Jaan_Tonisson_(Lasteleht), lk 206
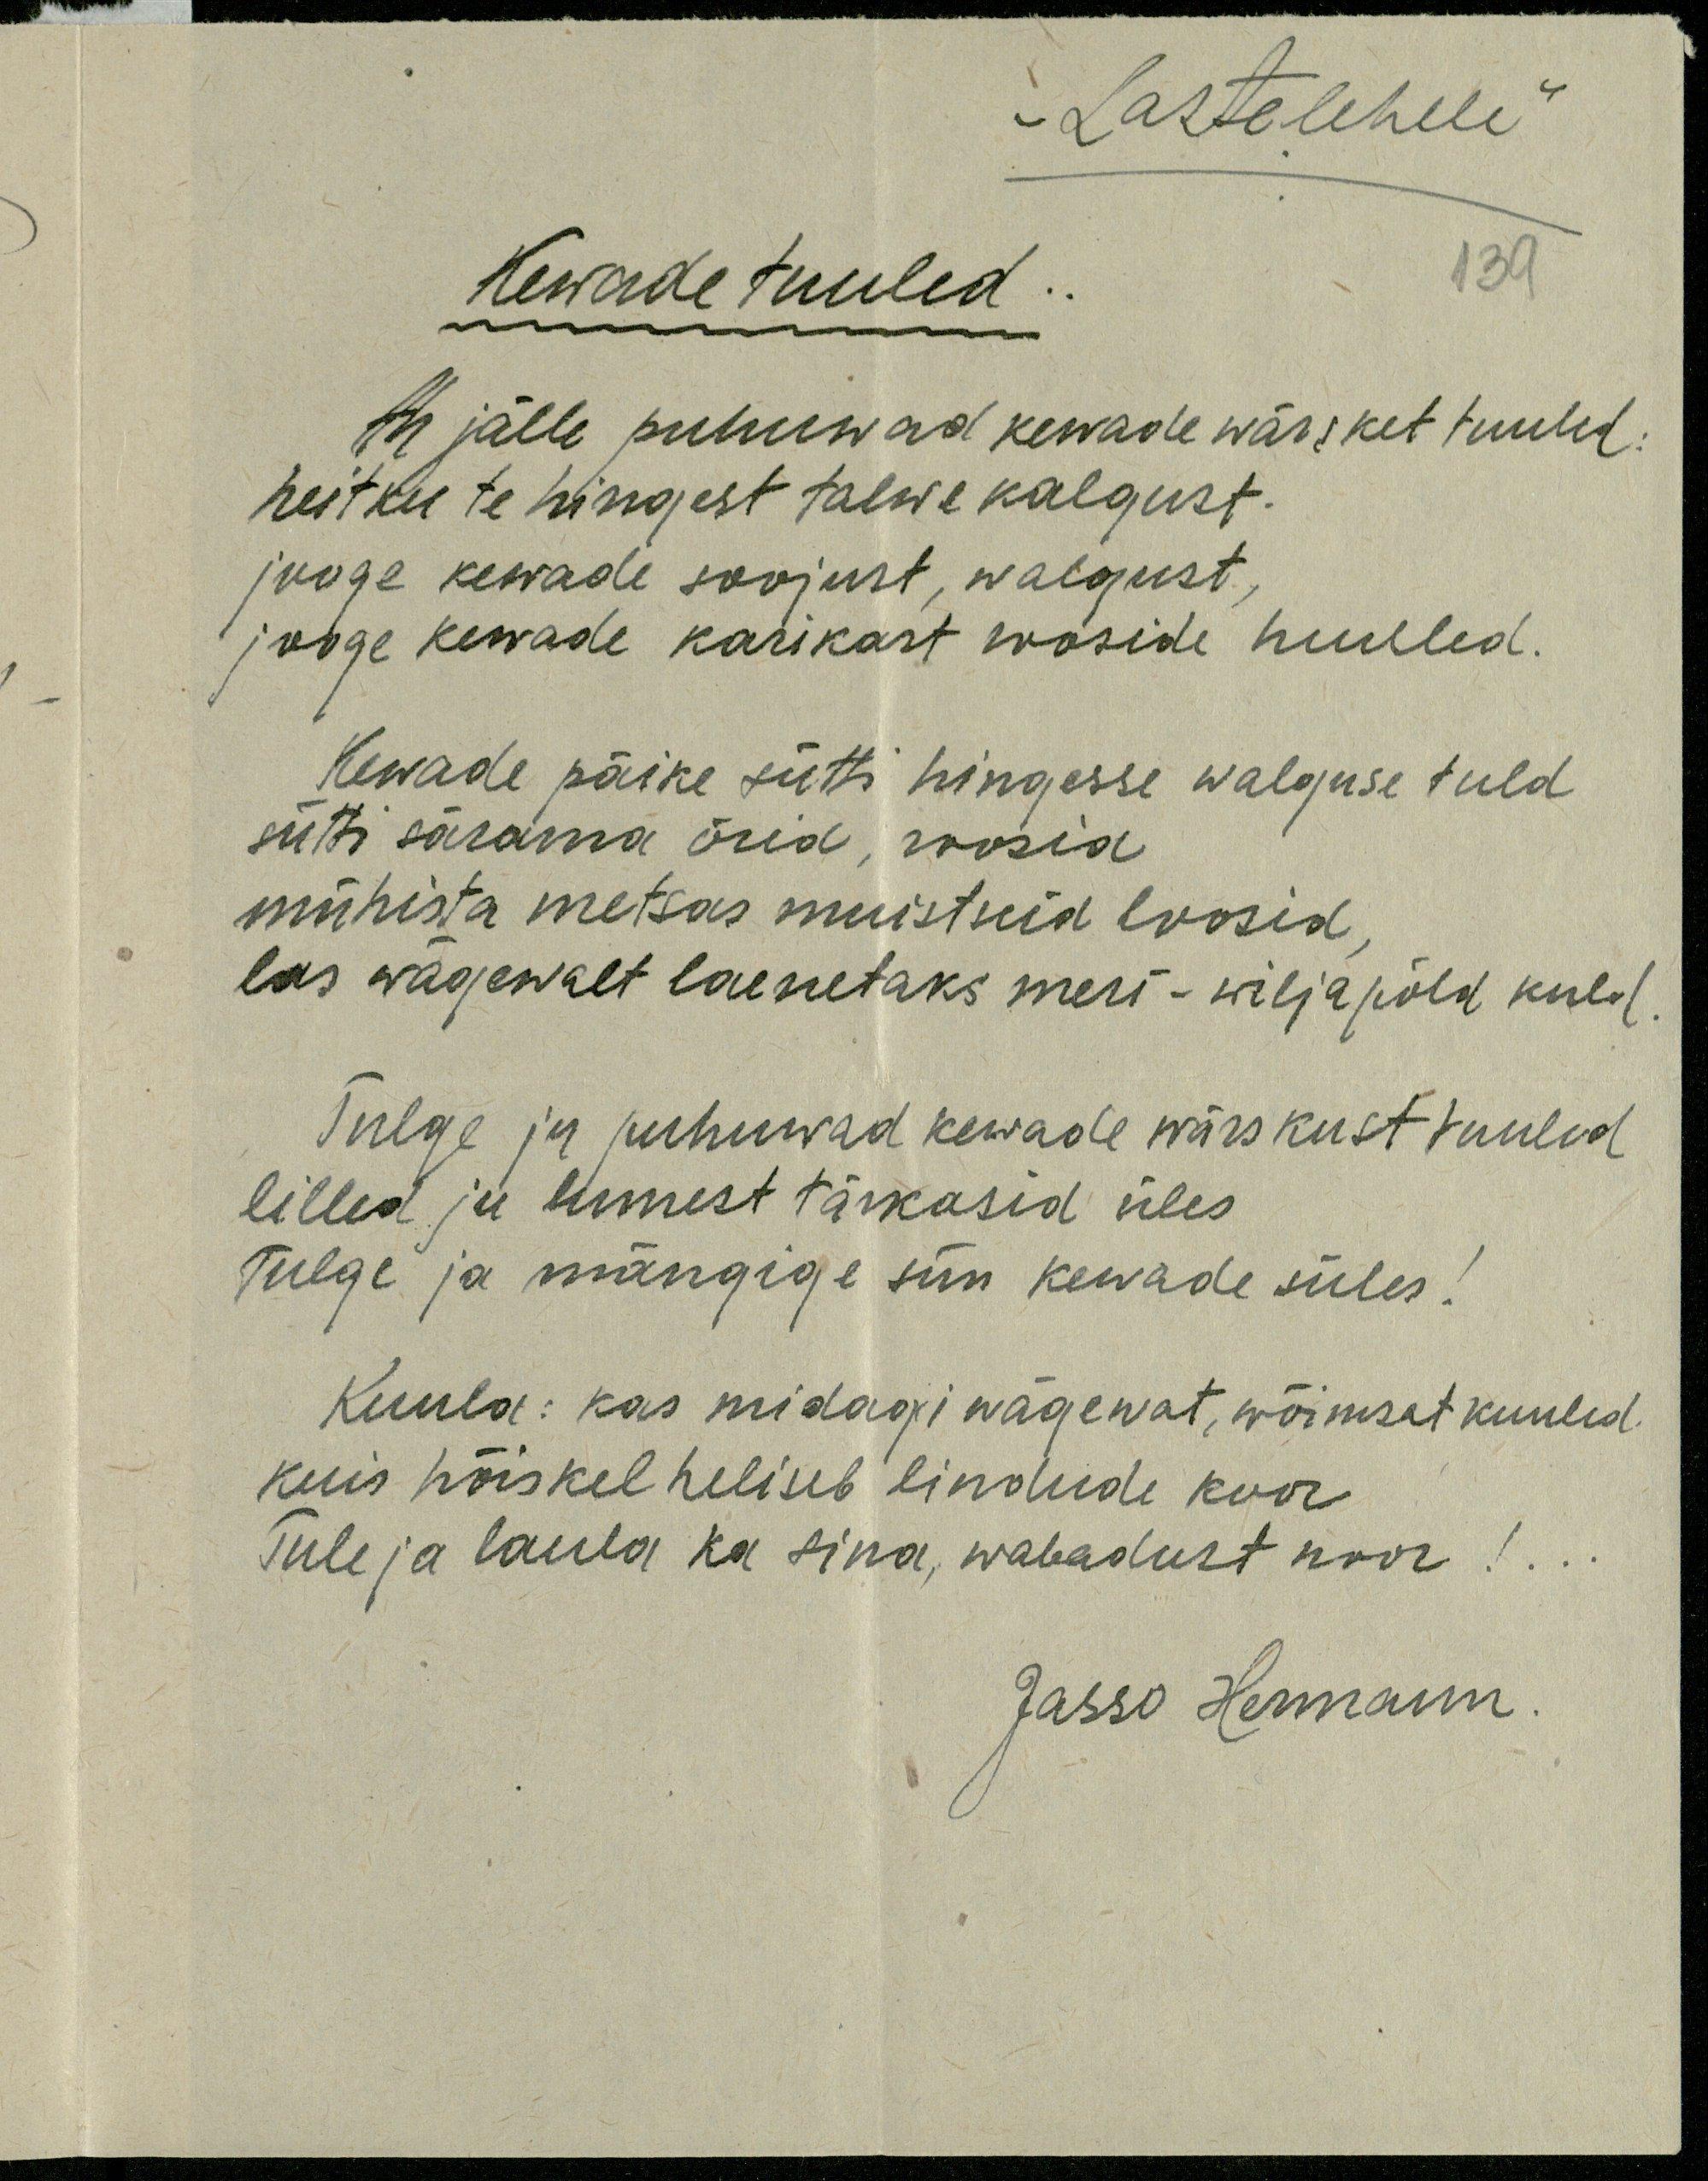
"Lastelehele"
Kewade tuuled
139
Ah jälle puhuwad kewade wärsket tuuled
heitku te hingest talwe kalgust.
jooge kewade soojust, walgust,
jooge kewade karikast rooside huuled.
Kewade päike sütti hingesse walguse tuld
sütti särama õied, roosid
mühista metsas muistseid loosid.
las wägewalt laenetaks meri - wiljapõld kuld.
Tulge ju puhuwad kewade wärskust tuuled
lilled ja lumest tärkasid üles
Tulge ja mängige siin kewade süles!
Kuula: kas midagi nägewat, wõimsat kuuled.
kuis hõiskel heliseb lindude koor.
Tule ja laula ka sina, wabadust noor!..
Jasso Hermann